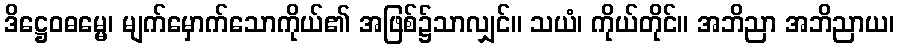
ဒိဋ္ဌေဝဓမ္မေ၊ မျက်မှောက်သောကိုယ်၏ အဖြစ်၌သာလျှင်။ သယံ၊ ကိုယ်တိုင်။ အဘိညာ အဘိညာယ၊